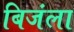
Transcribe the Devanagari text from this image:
बिजंला